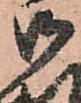
御